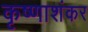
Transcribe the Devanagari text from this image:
कृष्णाशंकर